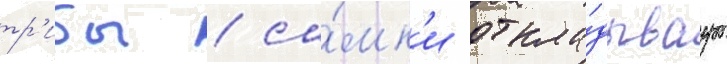
тр'ибы / са́мк'и откла́дываут